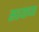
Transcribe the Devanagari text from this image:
सश्याच्या